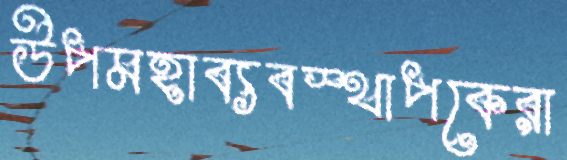
উপমহাব্যবস্থাপকেরা